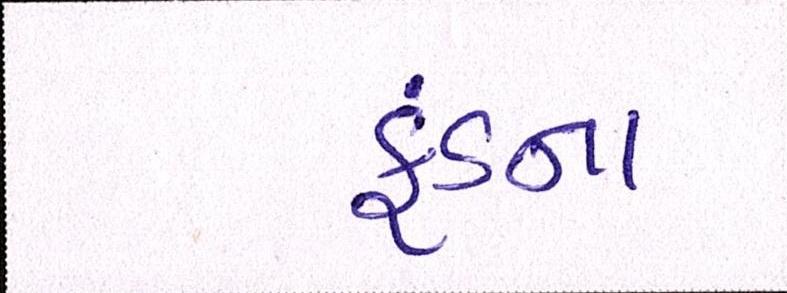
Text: ફંડના